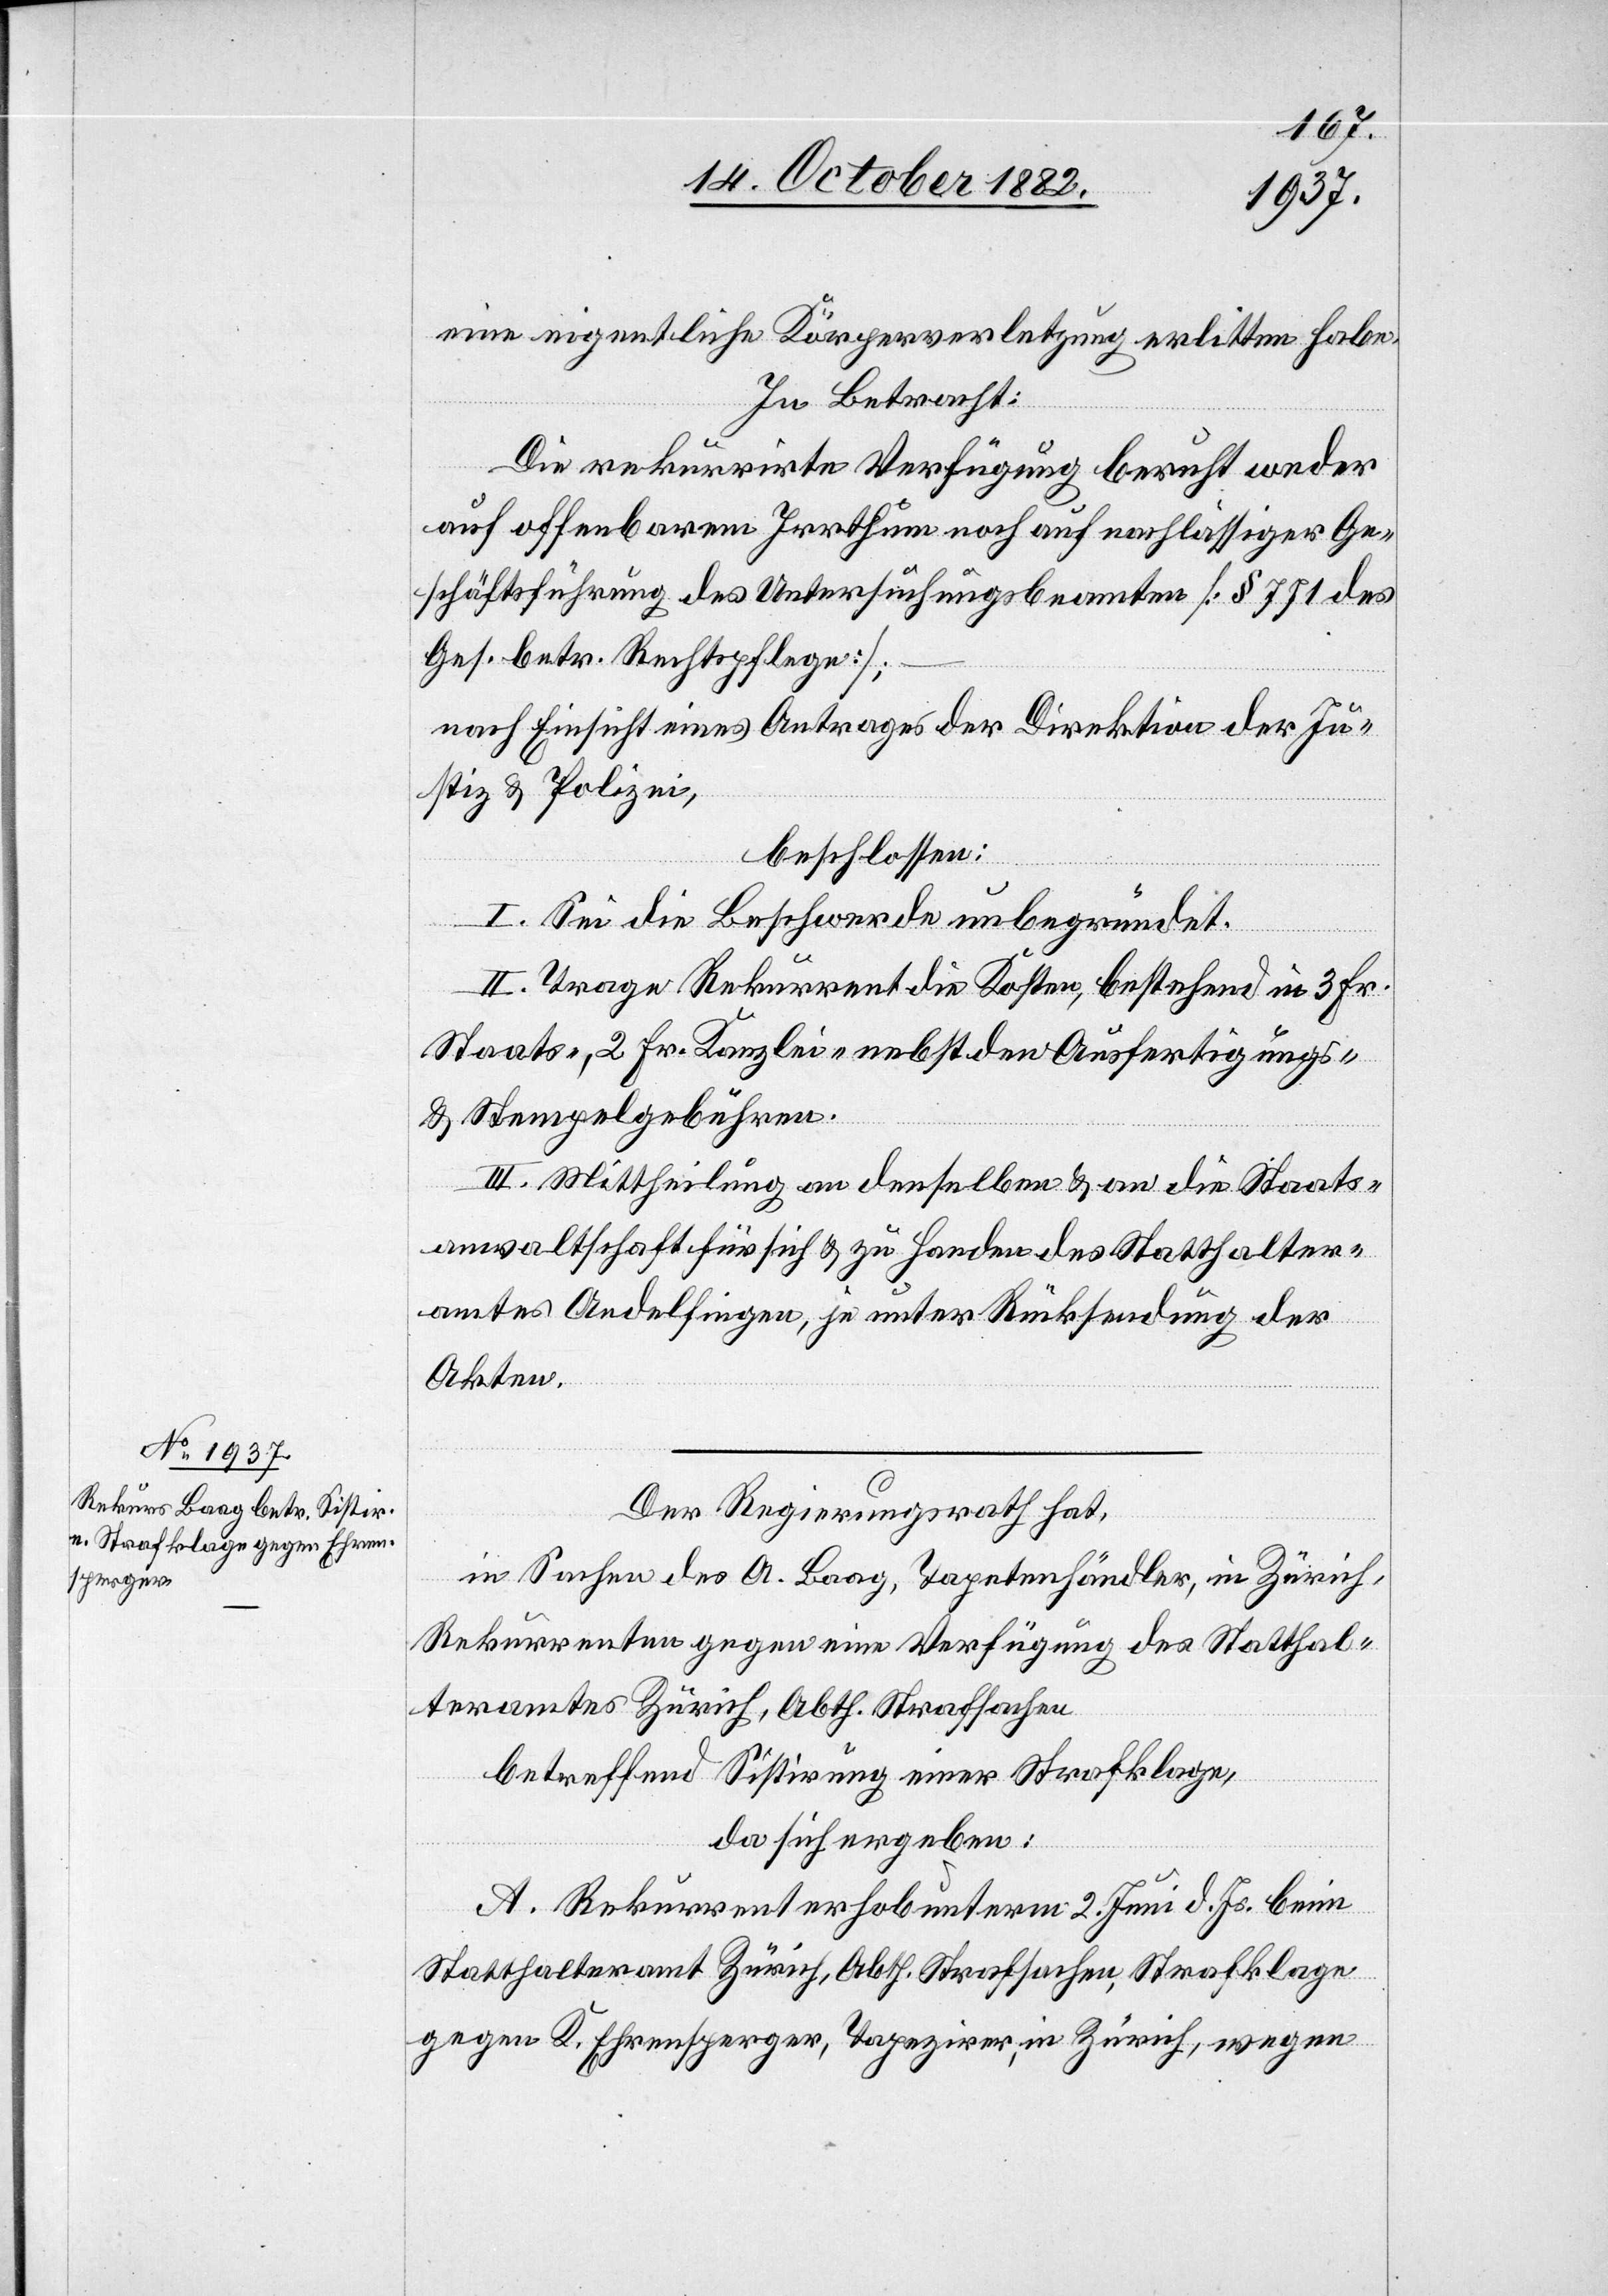
eine eigentliche Körperverletzung erlitten habe.
In Betracht:
Die rekurrirte Verfügung beruht weder
auf offenbarem Irrthum noch auf nachlässiger Ge¬
schäftsführung des Untersuchungsbeamten [§ 771 des
Ges. betr. Rechtspflege];
nach Einsicht eines Antrages der Direktion der Ju¬
stiz & Polizei,
beschlossen:
I. Sei die Beschwerde unbegründet.
II. Trage Rekurrent die Kosten, bestehend in 3 Fr.
Staats-, 2 Fr. Kanzlei- nebst den Ausfertigungs-
& Stempelgebühren.
III. Mittheilung an denselben & an die Staats¬
anwaltschaft für sich & zu Handen des Statthalter¬
amtes Andelfingen, je unter Rücksendung der
Akten.
Der Regierungsrath hat,
in Sachen des A. Baag, Tapetenhändler, in Zürich,
Rekurrenten gegen eine Verfügung des Statthal¬
teramtes Zürich, Abth. Strafklage,
da sich ergeben:
A. Rekurrent erhob unterm 2. Juni d. Js. beim
Statthalteramt Zürich, Abth. Strafsachen, Strafklage
gegen K. Ehrensperger, Tapezirer, in Zürich, wegen